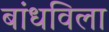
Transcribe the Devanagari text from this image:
बांधविला